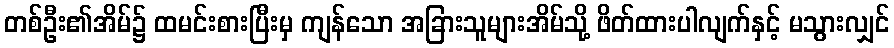
တစ်ဦး၏အိမ်၌ ထမင်းစားပြီးမှ ကျန်သော အခြားသူများအိမ်သို့ ဖိတ်ထားပါလျက်နှင့် မသွားလျှင်